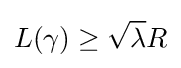
L(\gamma )\geq {\sqrt {\lambda }}R